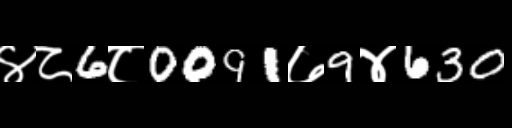
Text: ४८6८0091७9४630